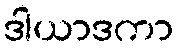
ဒါယာဒကာ